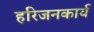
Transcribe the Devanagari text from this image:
हरिजनकार्य